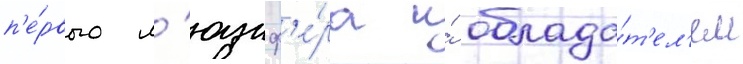
п'е́рвого л'юциф'е́ра и́ облада́т'ел'ем